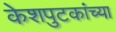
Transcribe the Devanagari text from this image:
केशपुटकांच्या